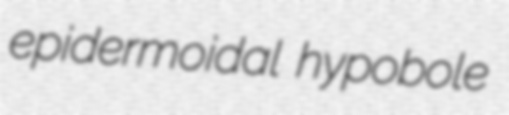
epidermoidal hypobole